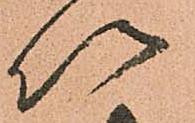
以